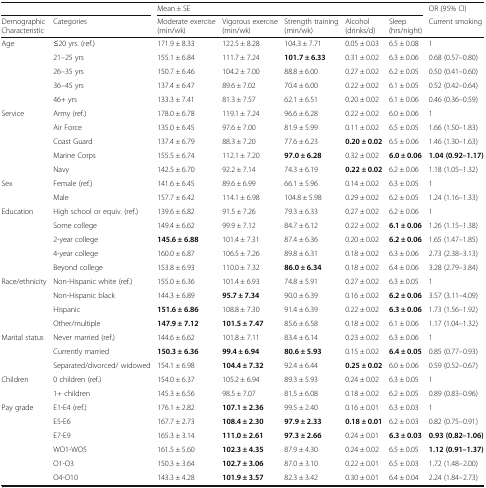
<table><thead><tr><td colspan="2"></td><td colspan="5"><b>Mean ± SE</b></td><td><b>OR (95% CI)</b></td></tr><tr><td><b>Demographic Characteristic</b></td><td><b>Categories</b></td><td><b>Moderate exercise (min/wk)</b></td><td><b>Vigorous exercise (min/wk)</b></td><td><b>Strength training (min/wk)</b></td><td><b>Alcohol (drinks/d)</b></td><td><b>Sleep (hrs/night)</b></td><td><b>Current smoking</b></td></tr></thead><tbody><tr><td rowspan="5">Age</td><td>≤20 yrs. (ref.)</td><td>171.9 ± 8.33</td><td>122.5 ± 8.28</td><td>104.3 ± 7.71</td><td>0.05 ± 0.03</td><td>6.5 ± 0.08</td><td>1</td></tr><tr><td>21–25 yrs</td><td>155.1 ± 6.84</td><td>111.7 ± 7.24</td><td><b>101.7 ± 6.33</b></td><td>0.31 ± 0.02</td><td>6.3 ± 0.06</td><td>0.68 (0.57–0.80)</td></tr><tr><td>26–35 yrs</td><td>150.7 ± 6.46</td><td>104.2 ± 7.00</td><td>88.8 ± 6.00</td><td>0.27 ± 0.02</td><td>6.2 ± 0.05</td><td>0.50 (0.41–0.60)</td></tr><tr><td>36–45 yrs</td><td>137.4 ± 6.47</td><td>89.6 ± 7.02</td><td>70.4 ± 6.00</td><td>0.22 ± 0.02</td><td>6.1 ± 0.05</td><td>0.52 (0.42–0.64)</td></tr><tr><td>46+ yrs</td><td>133.3 ± 7.41</td><td>81.3 ± 7.57</td><td>62.1 ± 6.51</td><td>0.20 ± 0.02</td><td>6.1 ± 0.06</td><td>0.46 (0.36–0.59)</td></tr><tr><td rowspan="5">Service</td><td>Army (ref.)</td><td>178.0 ± 6.78</td><td>119.1 ± 7.24</td><td>96.6 ± 6.28</td><td>0.22 ± 0.02</td><td>6.0 ± 0.06</td><td>1</td></tr><tr><td>Air Force</td><td>135.0 ± 6.45</td><td>97.6 ± 7.00</td><td>81.9 ± 5.99</td><td>0.11 ± 0.02</td><td>6.5 ± 0.05</td><td>1.66 (1.50–1.83)</td></tr><tr><td>Coast Guard</td><td>137.4 ± 6.79</td><td>88.3 ± 7.20</td><td>77.6 ± 6.23</td><td><b>0.20 ± 0.02</b></td><td>6.5 ± 0.06</td><td>1.46 (1.30–1.63)</td></tr><tr><td>Marine Corps</td><td>155.5 ± 6.74</td><td>112.1 ± 7.20</td><td><b>97.0 ± 6.28</b></td><td>0.32 ± 0.02</td><td><b>6.0 ± 0.06</b></td><td><b>1.04 (0.92–1.17)</b></td></tr><tr><td>Navy</td><td>142.5 ± 6.70</td><td>92.2 ± 7.14</td><td>74.3 ± 6.19</td><td><b>0.22 ± 0.02</b></td><td>6.2 ± 0.06</td><td>1.18 (1.05–1.32)</td></tr><tr><td rowspan="2">Sex</td><td>Female (ref.)</td><td>141.6 ± 6.45</td><td>89.6 ± 6.99</td><td>66.1 ± 5.96</td><td>0.14 ± 0.02</td><td>6.3 ± 0.05</td><td>1</td></tr><tr><td>Male</td><td>157.7 ± 6.42</td><td>114.1 ± 6.98</td><td>104.8 ± 5.98</td><td>0.29 ± 0.02</td><td>6.2 ± 0.05</td><td>1.24 (1.16–1.33)</td></tr><tr><td rowspan="5">Education</td><td>High school or equiv. (ref.)</td><td>139.6 ± 6.82</td><td>91.5 ± 7.26</td><td>79.3 ± 6.33</td><td>0.27 ± 0.02</td><td>6.2 ± 0.06</td><td>1</td></tr><tr><td>Some college</td><td>149.4 ± 6.62</td><td>99.9 ± 7.12</td><td>84.7 ± 6.12</td><td>0.22 ± 0.02</td><td><b>6.1 ± 0.06</b></td><td>1.26 (1.15–1.38)</td></tr><tr><td>2-year college</td><td><b>145.6 ± 6.88</b></td><td>101.4 ± 7.31</td><td>87.4 ± 6.36</td><td>0.20 ± 0.02</td><td><b>6.2 ± 0.06</b></td><td>1.65 (1.47–1.85)</td></tr><tr><td>4-year college</td><td>160.0 ± 6.87</td><td>106.5 ± 7.26</td><td>89.8 ± 6.31</td><td>0.18 ± 0.02</td><td>6.3 ± 0.06</td><td>2.73 (2.38–3.13)</td></tr><tr><td>Beyond college</td><td>153.8 ± 6.93</td><td>110.0 ± 7.32</td><td><b>86.0 ± 6.34</b></td><td>0.18 ± 0.02</td><td>6.4 ± 0.06</td><td>3.28 (2.79–3.84)</td></tr><tr><td rowspan="4">Race/ethnicity</td><td>Non-Hispanic white (ref.)</td><td>155.0 ± 6.36</td><td>101.4 ± 6.93</td><td>74.8 ± 5.91</td><td>0.27 ± 0.02</td><td>6.3 ± 0.05</td><td>1</td></tr><tr><td>Non-Hispanic black</td><td>144.3 ± 6.89</td><td><b>95.7 ± 7.34</b></td><td>90.0 ± 6.39</td><td>0.16 ± 0.02</td><td><b>6.2 ± 0.06</b></td><td>3.57 (3.11–4.09)</td></tr><tr><td>Hispanic</td><td><b>151.6 ± 6.86</b></td><td>108.8 ± 7.30</td><td>91.4 ± 6.39</td><td>0.22 ± 0.02</td><td><b>6.3 ± 0.06</b></td><td>1.73 (1.56–1.92)</td></tr><tr><td>Other/multiple</td><td><b>147.9 ± 7.12</b></td><td><b>101.5 ± 7.47</b></td><td>85.6 ± 6.58</td><td>0.18 ± 0.02</td><td>6.1 ± 0.06</td><td>1.17 (1.04–1.32)</td></tr><tr><td rowspan="3">Marital status</td><td>Never married (ref.)</td><td>144.6 ± 6.62</td><td>101.8 ± 7.11</td><td>83.4 ± 6.14</td><td>0.23 ± 0.02</td><td>6.3 ± 0.06</td><td>1</td></tr><tr><td>Currently married</td><td><b>150.3 ± 6.36</b></td><td><b>99.4 ± 6.94</b></td><td><b>80.6 ± 5.93</b></td><td>0.15 ± 0.02</td><td><b>6.4 ± 0.05</b></td><td>0.85 (0.77–0.93)</td></tr><tr><td>Separated/divorced/ widowed</td><td>154.1 ± 6.98</td><td><b>104.4 ± 7.32</b></td><td>92.4 ± 6.44</td><td><b>0.25 ± 0.02</b></td><td>6.0 ± 0.06</td><td>0.59 (0.52–0.67)</td></tr><tr><td rowspan="2">Children</td><td>0 children (ref.)</td><td>154.0 ± 6.37</td><td>105.2 ± 6.94</td><td>89.3 ± 5.93</td><td>0.24 ± 0.02</td><td>6.3 ± 0.05</td><td>1</td></tr><tr><td>1+ children</td><td>145.3 ± 6.56</td><td>98.5 ± 7.07</td><td>81.5 ± 6.08</td><td>0.18 ± 0.02</td><td>6.2 ± 0.05</td><td>0.89 (0.83–0.96)</td></tr><tr><td rowspan="6">Pay grade</td><td>E1-E4 (ref.)</td><td>176.1 ± 2.82</td><td><b>107.1 ± 2.36</b></td><td>99.5 ± 2.40</td><td>0.16 ± 0.01</td><td>6.3 ± 0.03</td><td>1</td></tr><tr><td>E5-E6</td><td>167.7 ± 2.73</td><td><b>108.4 ± 2.30</b></td><td><b>97.9 ± 2.33</b></td><td><b>0.18 ± 0.01</b></td><td>6.2 ± 0.03</td><td>0.82 (0.75–0.91)</td></tr><tr><td>E7-E9</td><td>165.3 ± 3.14</td><td><b>111.0 ± 2.61</b></td><td><b>97.3 ± 2.66</b></td><td>0.24 ± 0.01</td><td><b>6.3 ± 0.03</b></td><td><b>0.93 (0.82–1.06)</b></td></tr><tr><td>WO1-WO5</td><td>161.5 ± 5.60</td><td><b>102.3 ± 4.35</b></td><td>87.9 ± 4.30</td><td>0.24 ± 0.02</td><td>6.5 ± 0.05</td><td><b>1.12 (0.91–1.37)</b></td></tr><tr><td>O1-O3</td><td>150.3 ± 3.64</td><td><b>102.7 ± 3.06</b></td><td>87.0 ± 3.10</td><td>0.22 ± 0.01</td><td>6.5 ± 0.03</td><td>1.72 (1.48–2.00)</td></tr><tr><td>O4-O10</td><td>143.3 ± 4.28</td><td><b>101.9 ± 3.57</b></td><td>82.3 ± 3.42</td><td>0.30 ± 0.01</td><td>6.4 ± 0.04</td><td>2.24 (1.84–2.73)</td></tr></tbody></table>